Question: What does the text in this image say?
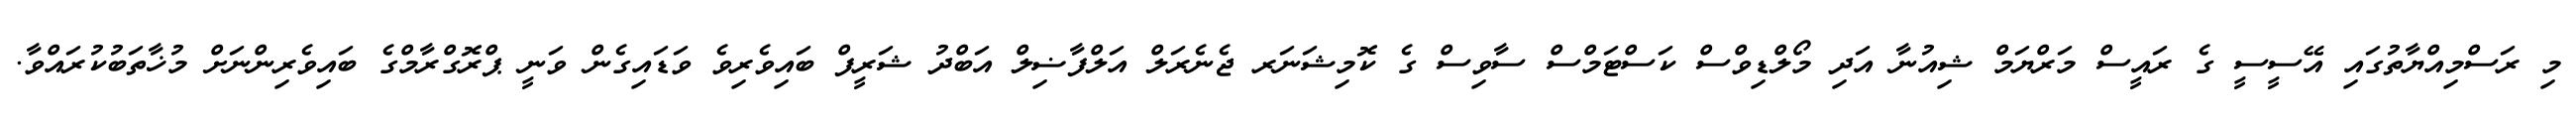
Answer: މި ރަސްމިއްޔާތުގައި އޭސީސީ ގެ ރައީސް މަރްޔަމް ޝިއުނާ އަދި މޯލްޑިވްސް ކަސްޓަމްސް ސާވިސް ގެ ކޮމިޝަނަރ ޖެނެރަލް އަލްފާޟިލް އަބްދު ޝަރީފް ބައިވެރިވެ ވަޑައިގެން ވަނީ ޕްރޮގްރާމްގެ ބައިވެރިންނަށް މުޚާތަބުކުރައްވާ.